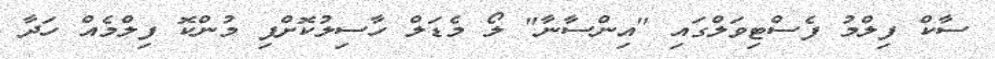
ސާކް ފިލްމު ފެސްޓިވަލްގައި "އިންސާނާ" ލޯ މެޑަލް ހާސިލުކޮށްފި މުންކޮ ފިލްމެއް ހަދާ